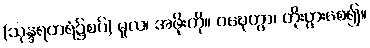
(သုန္ဒရတရံ၌စပ်) မူလ၊ အဖိုးကို။ ဝဍ္ဎေတွာ၊ တိုးပွားစေ၍။